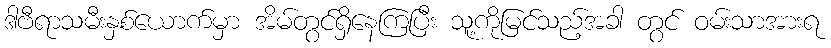
ဒါဗီရာသမီးနှစ်ယောက်မှာ အိမ်တွင်ရှိနေကြပြီး သူ့ကိုမြင်သည့်အခါ တွင် ဝမ်းသာအားရ